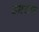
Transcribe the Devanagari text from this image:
उमराण